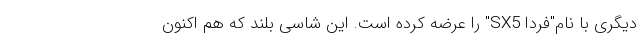
دیگری با نام"فردا SX5" را عرضه کرده است. این شاسی بلند که هم اکنون